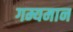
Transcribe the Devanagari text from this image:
गम्यमान